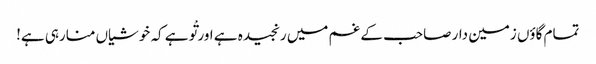
تمام گاؤں زمین دار صاحب کے غم میں رنجیدہ ہے اور تْو ہے کہ خوشیاں منارہی ہے!